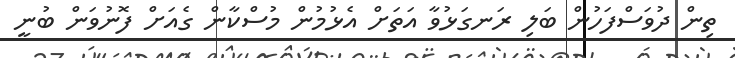
ތިން ދުވަސްފަހުން ބަލި ރަނގަޅުވާ އަތަށް އެޅުމުން މުސްކާން ގެއަށް ފޮނުވަން ބުނީ